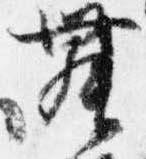
舞